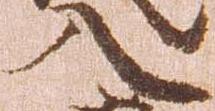
入